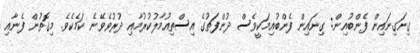
ގިނަގިނައިން ފެންބުއިން: ގިނައިން ފެންބުއިމަކީވެސް ދުންފަތުގެ އިސްތިއުމާލުކުރުމާއި ދުރުވެވޭނެ ކަމެކެވެ. މިގޮތުން ފެނާއި